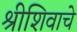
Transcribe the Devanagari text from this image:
श्रीशिवाचे